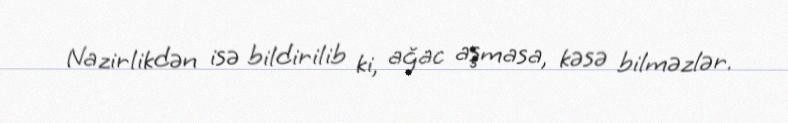
Nazirlikdən isə bildirilib ki, ağac aşmasa, kəsə bilməzlər.